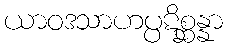
ယာဝဒသာဟပ္ပဋိစ္ဆန္နာ